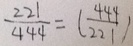
\frac { 2 2 1 } { 4 4 4 } = ( \frac { 4 4 4 } { 2 2 1 } )